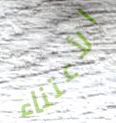
الأعتناء